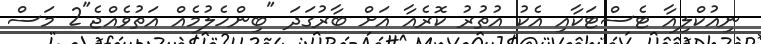
ނިއުކްލިއާ ޓެސްޓަކާއި އެކު އުތުރު ކޮރެއާ އަށް ބާރުގަދަ "ބިންހެލުމެއް އަތުވެއްޖެ"2 މަސް